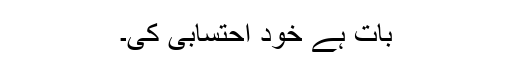
بات ہے خود اِحتسابی کی۔